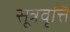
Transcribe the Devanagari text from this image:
सूत्रवृत्ति